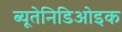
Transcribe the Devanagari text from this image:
ब्यूतेनिडिओइक